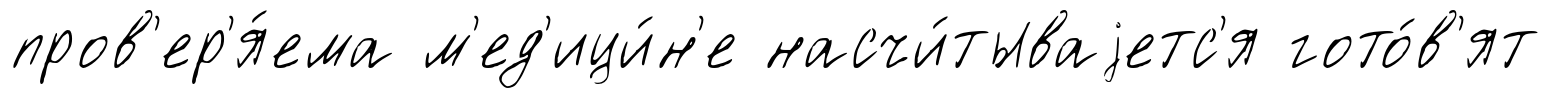
пров'ер'я́ема м'ед'ици́н'е насчи́тываjетс'я гото́в'ят